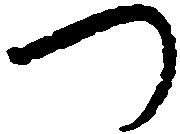
つ